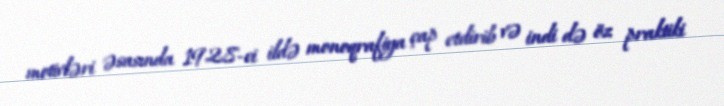
motivləri əsasında 1928-ci ildə monoqrafiya çap etdirib və indi də öz praktiki